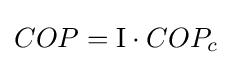
COP=\mathrm {I} \cdot COP_{c}